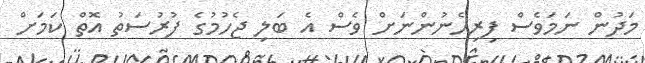
މަދުން ނަމަވެސް ފިރިހެނުންނަށް ވެސް އެ ބަލި ޖެހުމުގެ ފުރުސަތު އޮތް ކަމަށް